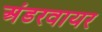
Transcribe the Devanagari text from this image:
अंडरवायर